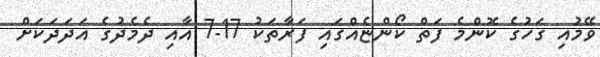
ވޭމުއި ގަހުގެ ކޮންމެ ފަތް ކޯންޏެއްގައި ފަރާތަކު 17-7 އާއި ދެމެދުގެ އަދަދަކަށް